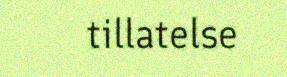
tillatelse